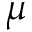
\mu